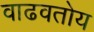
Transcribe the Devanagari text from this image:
वाढवतोय